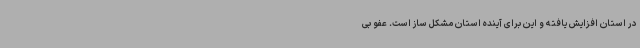
در استان افزایش یافته و این برای آینده استان مشکل ساز است. عفو بی